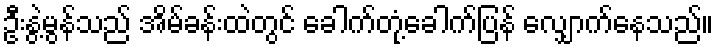
ဦးနွဲ့မွန်သည် အိမ်ခန်းထဲတွင် ခေါက်တုံ့ခေါက်ပြန် လျှောက်နေသည်။